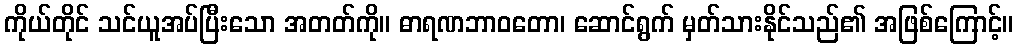
ကိုယ်တိုင် သင်ယူအပ်ပြီးသော အတတ်ကို။ ဓာရဏဘာဝတော၊ ဆောင်ရွက် မှတ်သားနိုင်သည်၏ အဖြစ်ကြောင့်။